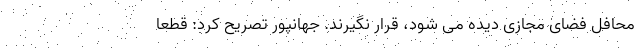
محافل فضای مجازی دیده می شود، قرار نگیرند. جهانپور تصریح کرد: قطعا